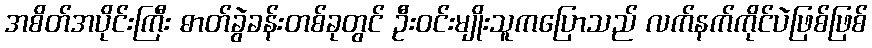
အစိတ်အပိုင်းကြီး ဓာတ်ခွဲခန်းတစ်ခုတွင် ဦးဝင်းမျိုးသူကပြောသည် လက်နက်ကိုင်ပဲဖြစ်ဖြစ်